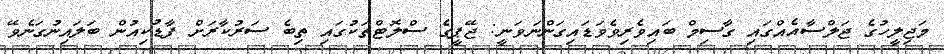
މަޖިލީހުގެ ޖަލްސާއެއްގައި ގާސިމް ބައިވެރިވެވަޑައިގަންނަވަނީ: ޖޭޕީގެ ސްލޮޓްތަކުގައި ތިބެ ސަރުކާރަށް ފާޑުކިއުން ބަލައިނުގަނެވޭ